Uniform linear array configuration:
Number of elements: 16
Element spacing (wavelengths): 0.25
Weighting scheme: uniform
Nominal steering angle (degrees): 30
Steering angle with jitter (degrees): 31.96
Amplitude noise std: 0.05
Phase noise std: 0.05

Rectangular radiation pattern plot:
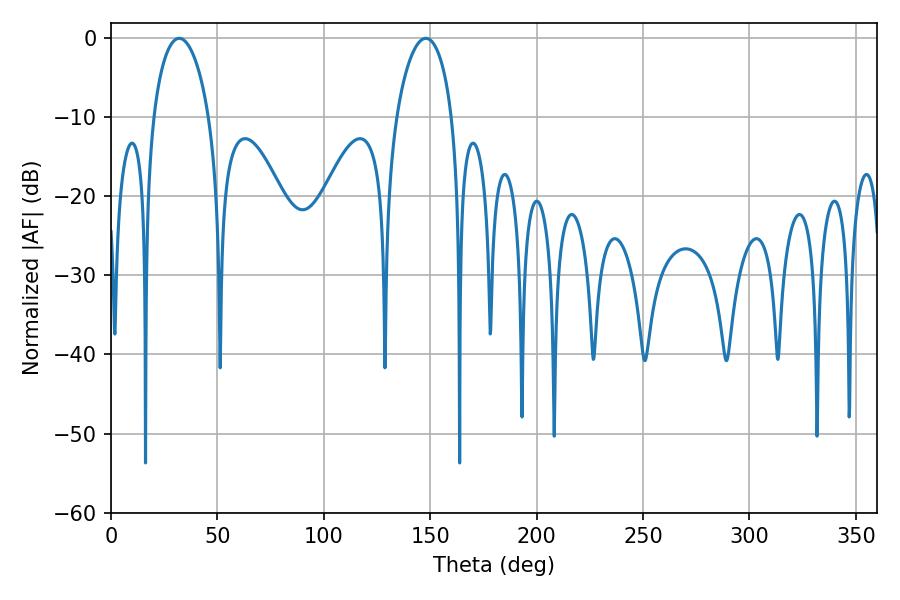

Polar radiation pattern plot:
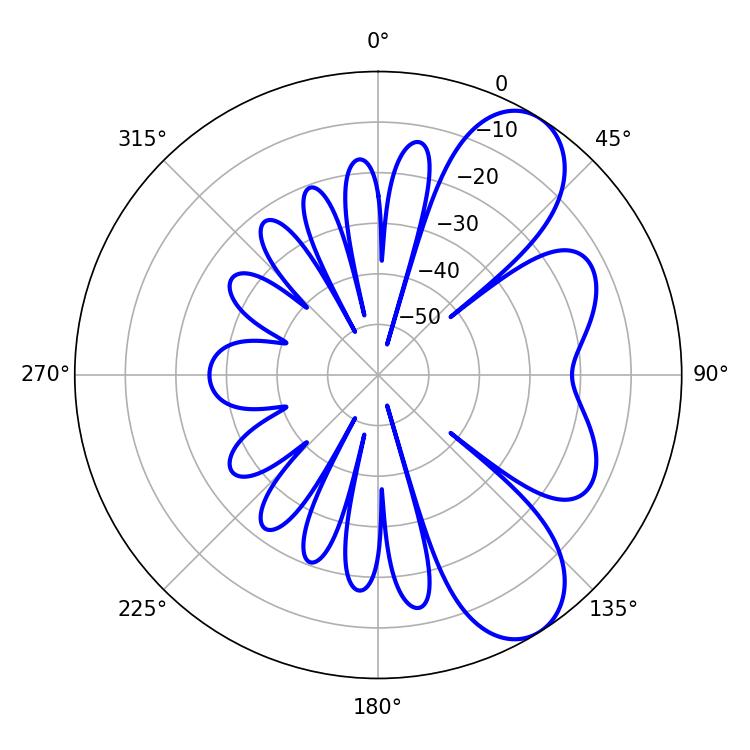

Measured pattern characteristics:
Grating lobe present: FALSE
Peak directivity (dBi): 7.959
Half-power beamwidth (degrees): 14.94
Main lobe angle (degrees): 32.04